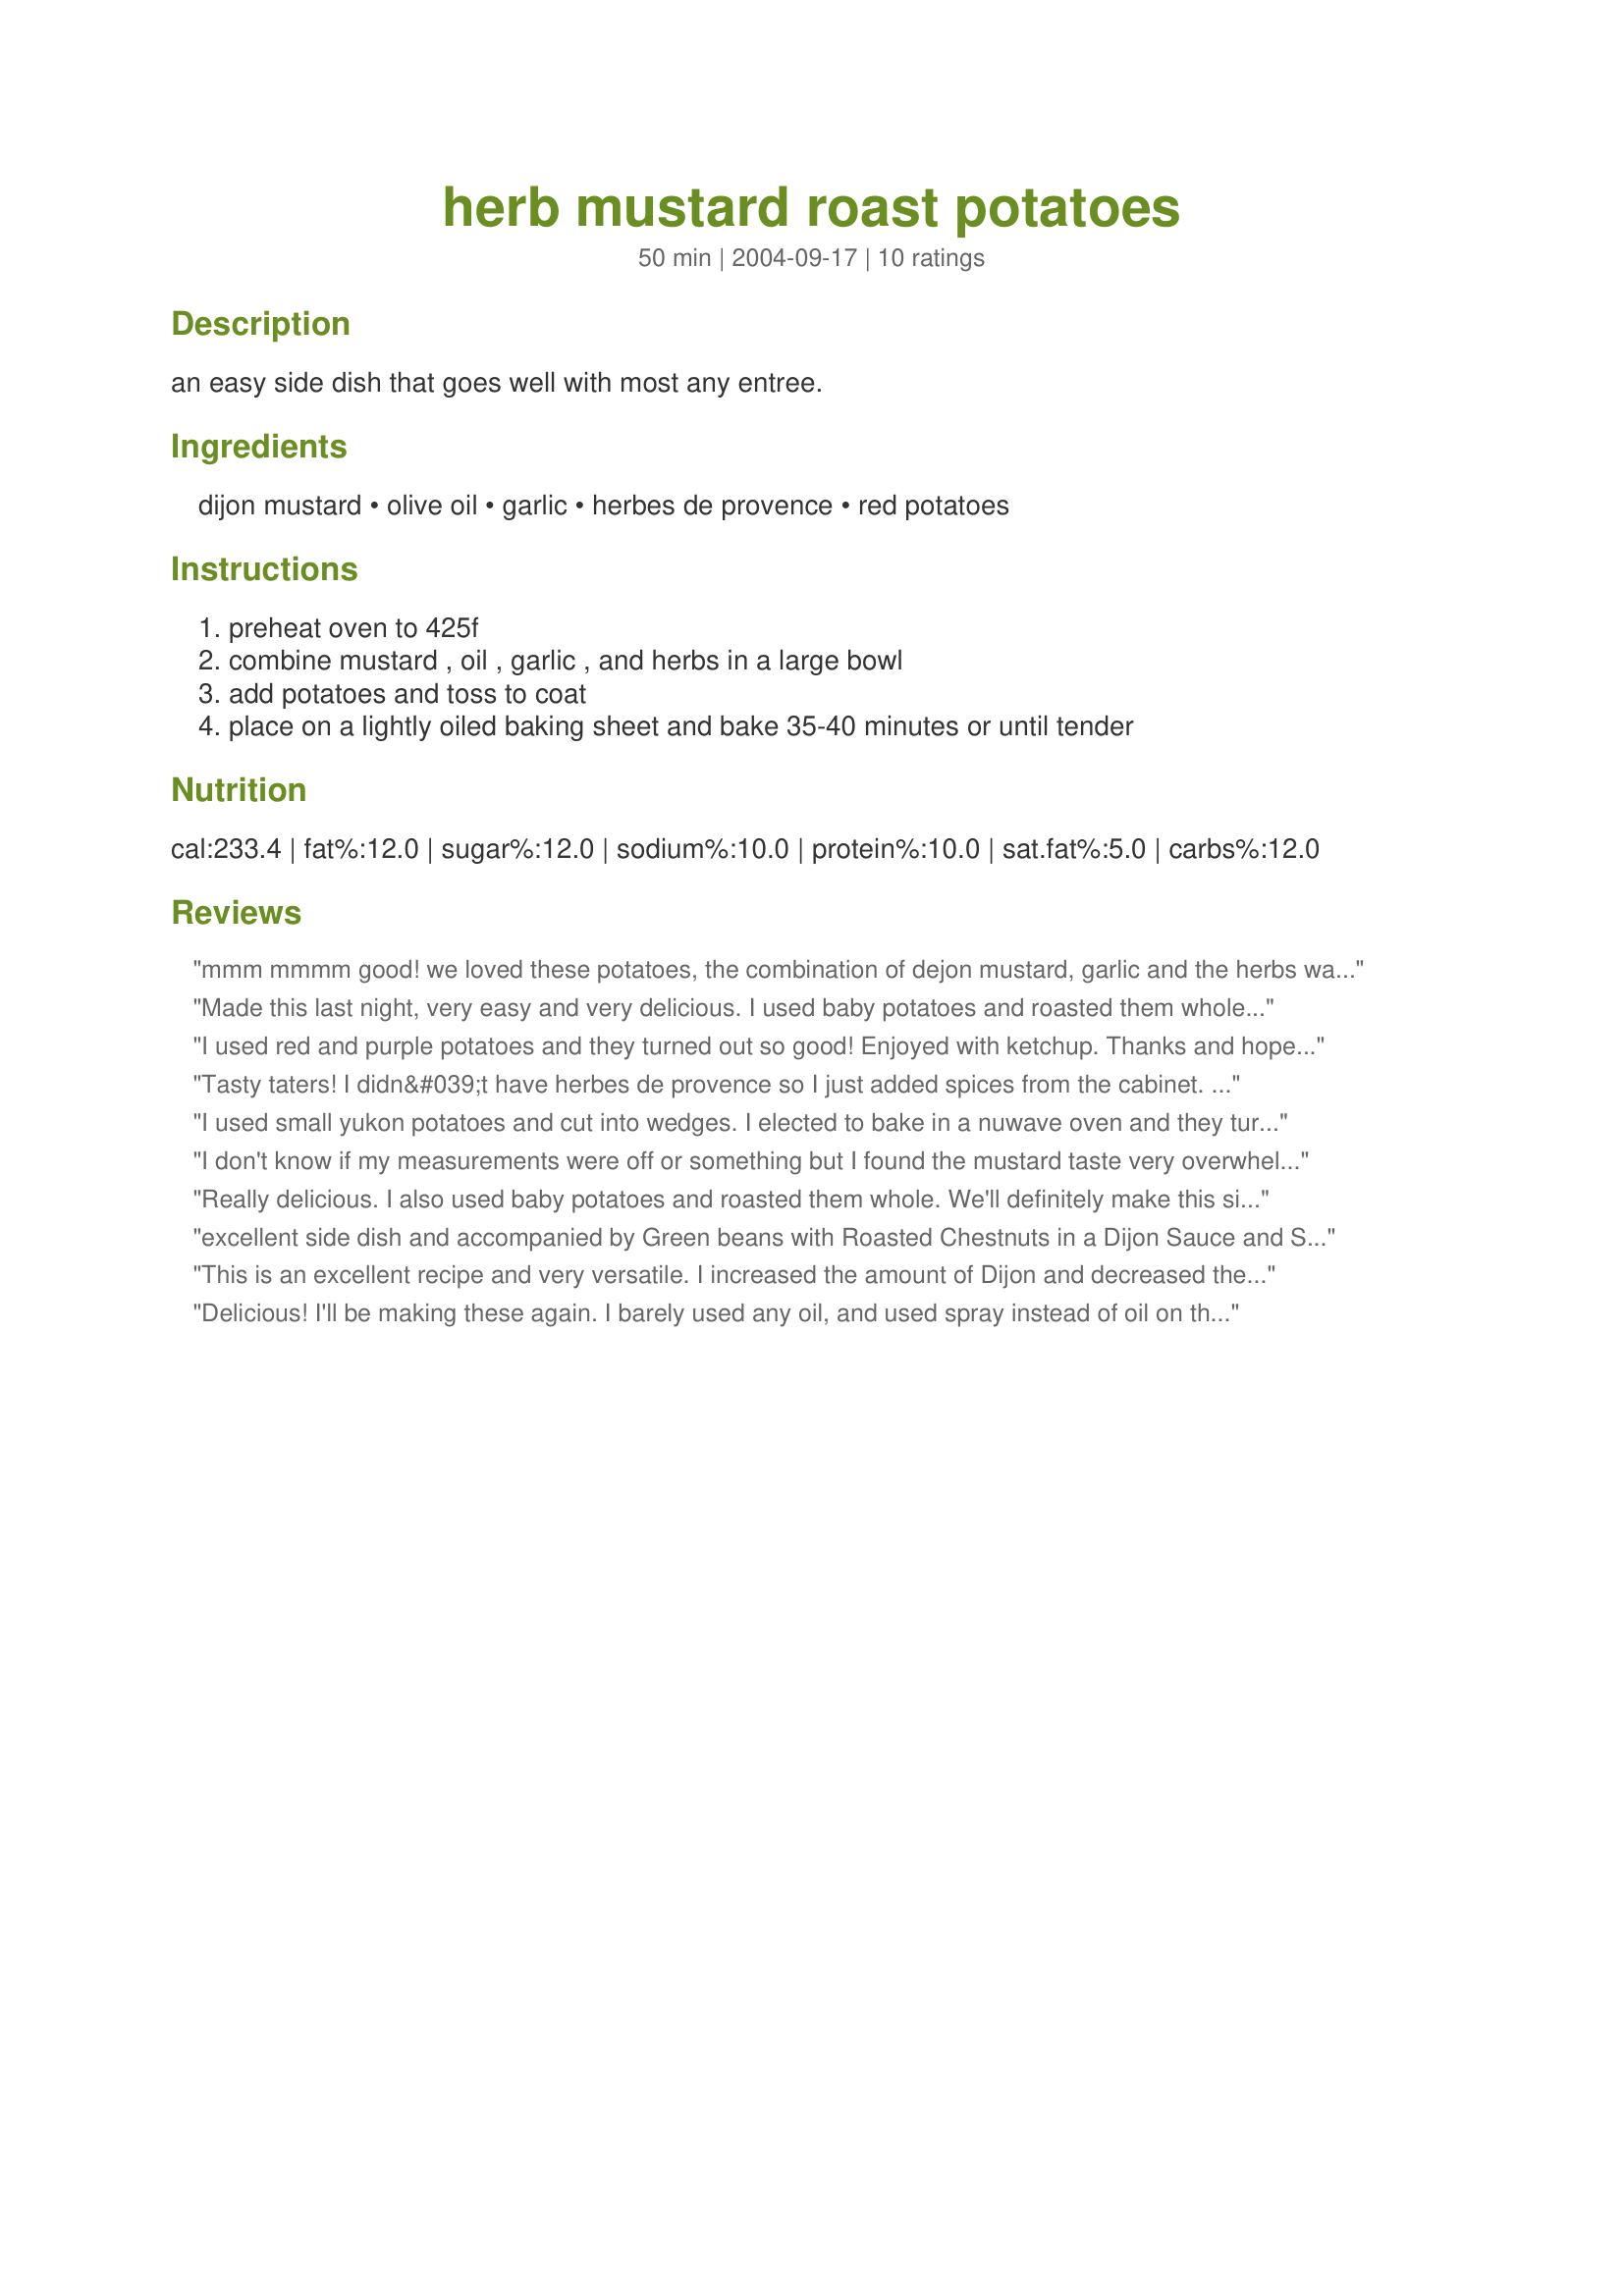
herb mustard roast potatoes
Preparation time: 50 minutes

an easy side dish that goes well with most any entree.

Ingredients:
dijon mustard, olive oil, garlic, herbes de provence, red potatoes

Steps:
preheat oven to 425f, combine mustard , oil , garlic , and herbs in a large bowl, add potatoes and toss to coat, place on a lightly oiled baking sheet and bake 35-40 minutes or until tender

Reviews:
mmm mmmm good! we loved these potatoes, the combination of dejon mustard, garlic and the herbs was lovely. I cut the oil to less than half, they turned out great. Thanks for posting, I will be making these again.
Made this last night, very easy and very delicious. I used baby potatoes and roasted them whole.

We often eat potatoes cooked in this manner, but I loved the addition of the mustard!

Thanks Lorac!
I used red and purple potatoes and they turned out so good! Enjoyed with ketchup. Thanks and hope you feel better. Made for your cookathon, January 2014.
Tasty taters! I didn&#039;t have herbes de provence so I just added spices from the cabinet. I also used russet instead of red potatoes and turned out fine. Made for Lorac Cookathon 2014.
I used small yukon potatoes and cut into wedges. I elected to bake in a nuwave oven and they turned out delightfully crispy, very flavorful, and a hit with all diners. Made for the Lorac cookathon.
I don't know if my measurements were off or something but I found the mustard taste very overwhelming. I couldn't finish these potatoes at all.<br/><br/>I won't make this recipe again.
Really delicious. I also used baby potatoes and roasted them whole. We'll definitely make this side many more times. <br/>Thank you for sharing. <br/>:)
excellent side dish and accompanied by Green beans with Roasted Chestnuts in a Dijon Sauce and 
Sacallops with Coriander Butter Sauce - terrific.
This is an excellent recipe and very versatile. I increased the amount of Dijon and decreased the amount of oil. I sprayed the potatoes (before and once during cooking)with Pam to reduce the fat. I didn't have herbes but sprinkled them with a combination of spices we like. Awesome.
Delicious! I'll be making these again. I barely used any oil, and used spray instead of oil on the pan. I loved the flavor of these potatoes, and I'll be making them again sometime soon. Thanks for this great recipe!
